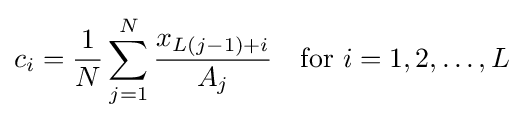
c_{i}={\frac {1}{N}}\sum _{j=1}^{N}{\frac {x_{L(j-1)+i}}{A_{j}}}\quad {\text{for }}i=1,2,\ldots ,L